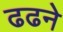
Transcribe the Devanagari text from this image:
ढढने